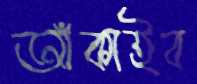
আঁকাইব